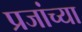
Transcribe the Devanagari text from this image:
प्रजांच्या